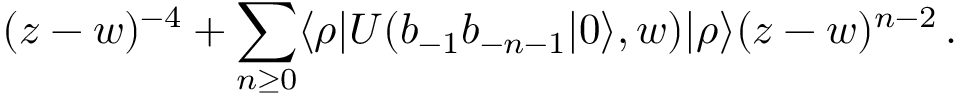
( z - w ) ^ { - 4 } + \sum _ { n \geq 0 } \langle \rho | U ( b _ { - 1 } b _ { - n - 1 } | 0 \rangle , w ) | \rho \rangle ( z - w ) ^ { n - 2 } \, .